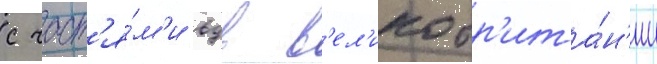
с част'я́м'и вдв в'ел'икобр'ита́н'ии